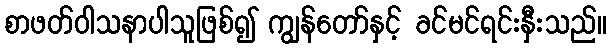
စာဖတ်ဝါသနာပါသူဖြစ်၍ ကျွန်တော်နှင့် ခင်မင်ရင်းနှီးသည်။